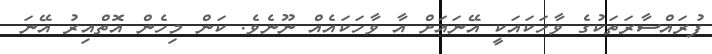
ފުރައްސާރަތަކުގެ ވާހަކައަކީ އޭނައަށް އާ ވާހަކައެއް ނޫނެވެ. ކަން މިހެން އޮތްއިރު އޭނަ